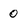
Character: 0